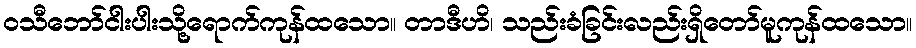
ဝသီဘော်ငါးပါးသို့ရောက်ကုန်ထသော။ တာဒီဟိ၊ သည်းခံခြင်းလည်းရှိတော်မူကုန်ထသော။